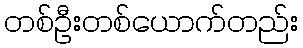
တစ်ဦးတစ်ယောက်တည်း